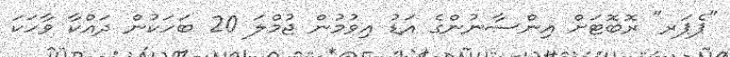
"ޕެޕަރ" ރޮބޮޓަށް އިންސާނުންގެ އަޑު އިވުމުން ޖުމްލަ 20 ބަހަކުން ދައްކާ ވާހަކަ